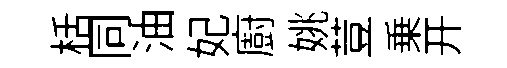
栝同油妃廚姚荳乗开